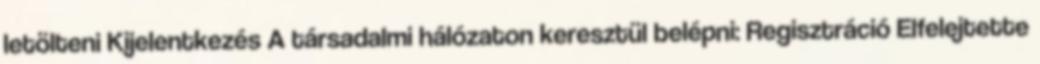
letölteni Kijelentkezés A társadalmi hálózaton keresztül belépni: Regisztráció Elfelejtette